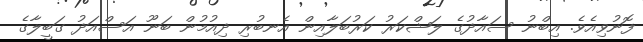
ފޮނުވިއެވެ. އިބްނު ސައާދުގެ ލަޝްކަރު ކަރުބަލާއިން އެނބުރި ދިއުމުން ބަނޫ އަސްއަދު ގަބީލާގެ